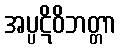
အပ္ပဋိဝိဘတ္တာ